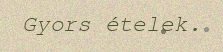
Gyors ételek.